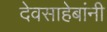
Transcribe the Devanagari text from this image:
देवसाहेबांनी